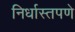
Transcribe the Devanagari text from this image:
निर्धास्तपणे